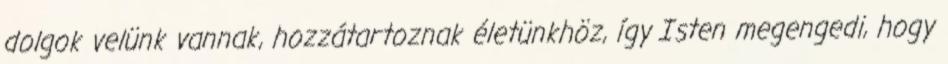
dolgok velünk vannak, hozzátartoznak életünkhöz, így Isten megengedi, hogy